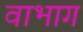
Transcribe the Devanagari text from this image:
वाभाग